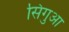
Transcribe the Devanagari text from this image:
सिगुआ